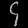
Digit: ၄